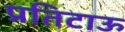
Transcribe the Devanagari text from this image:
प्रतिटाऊ